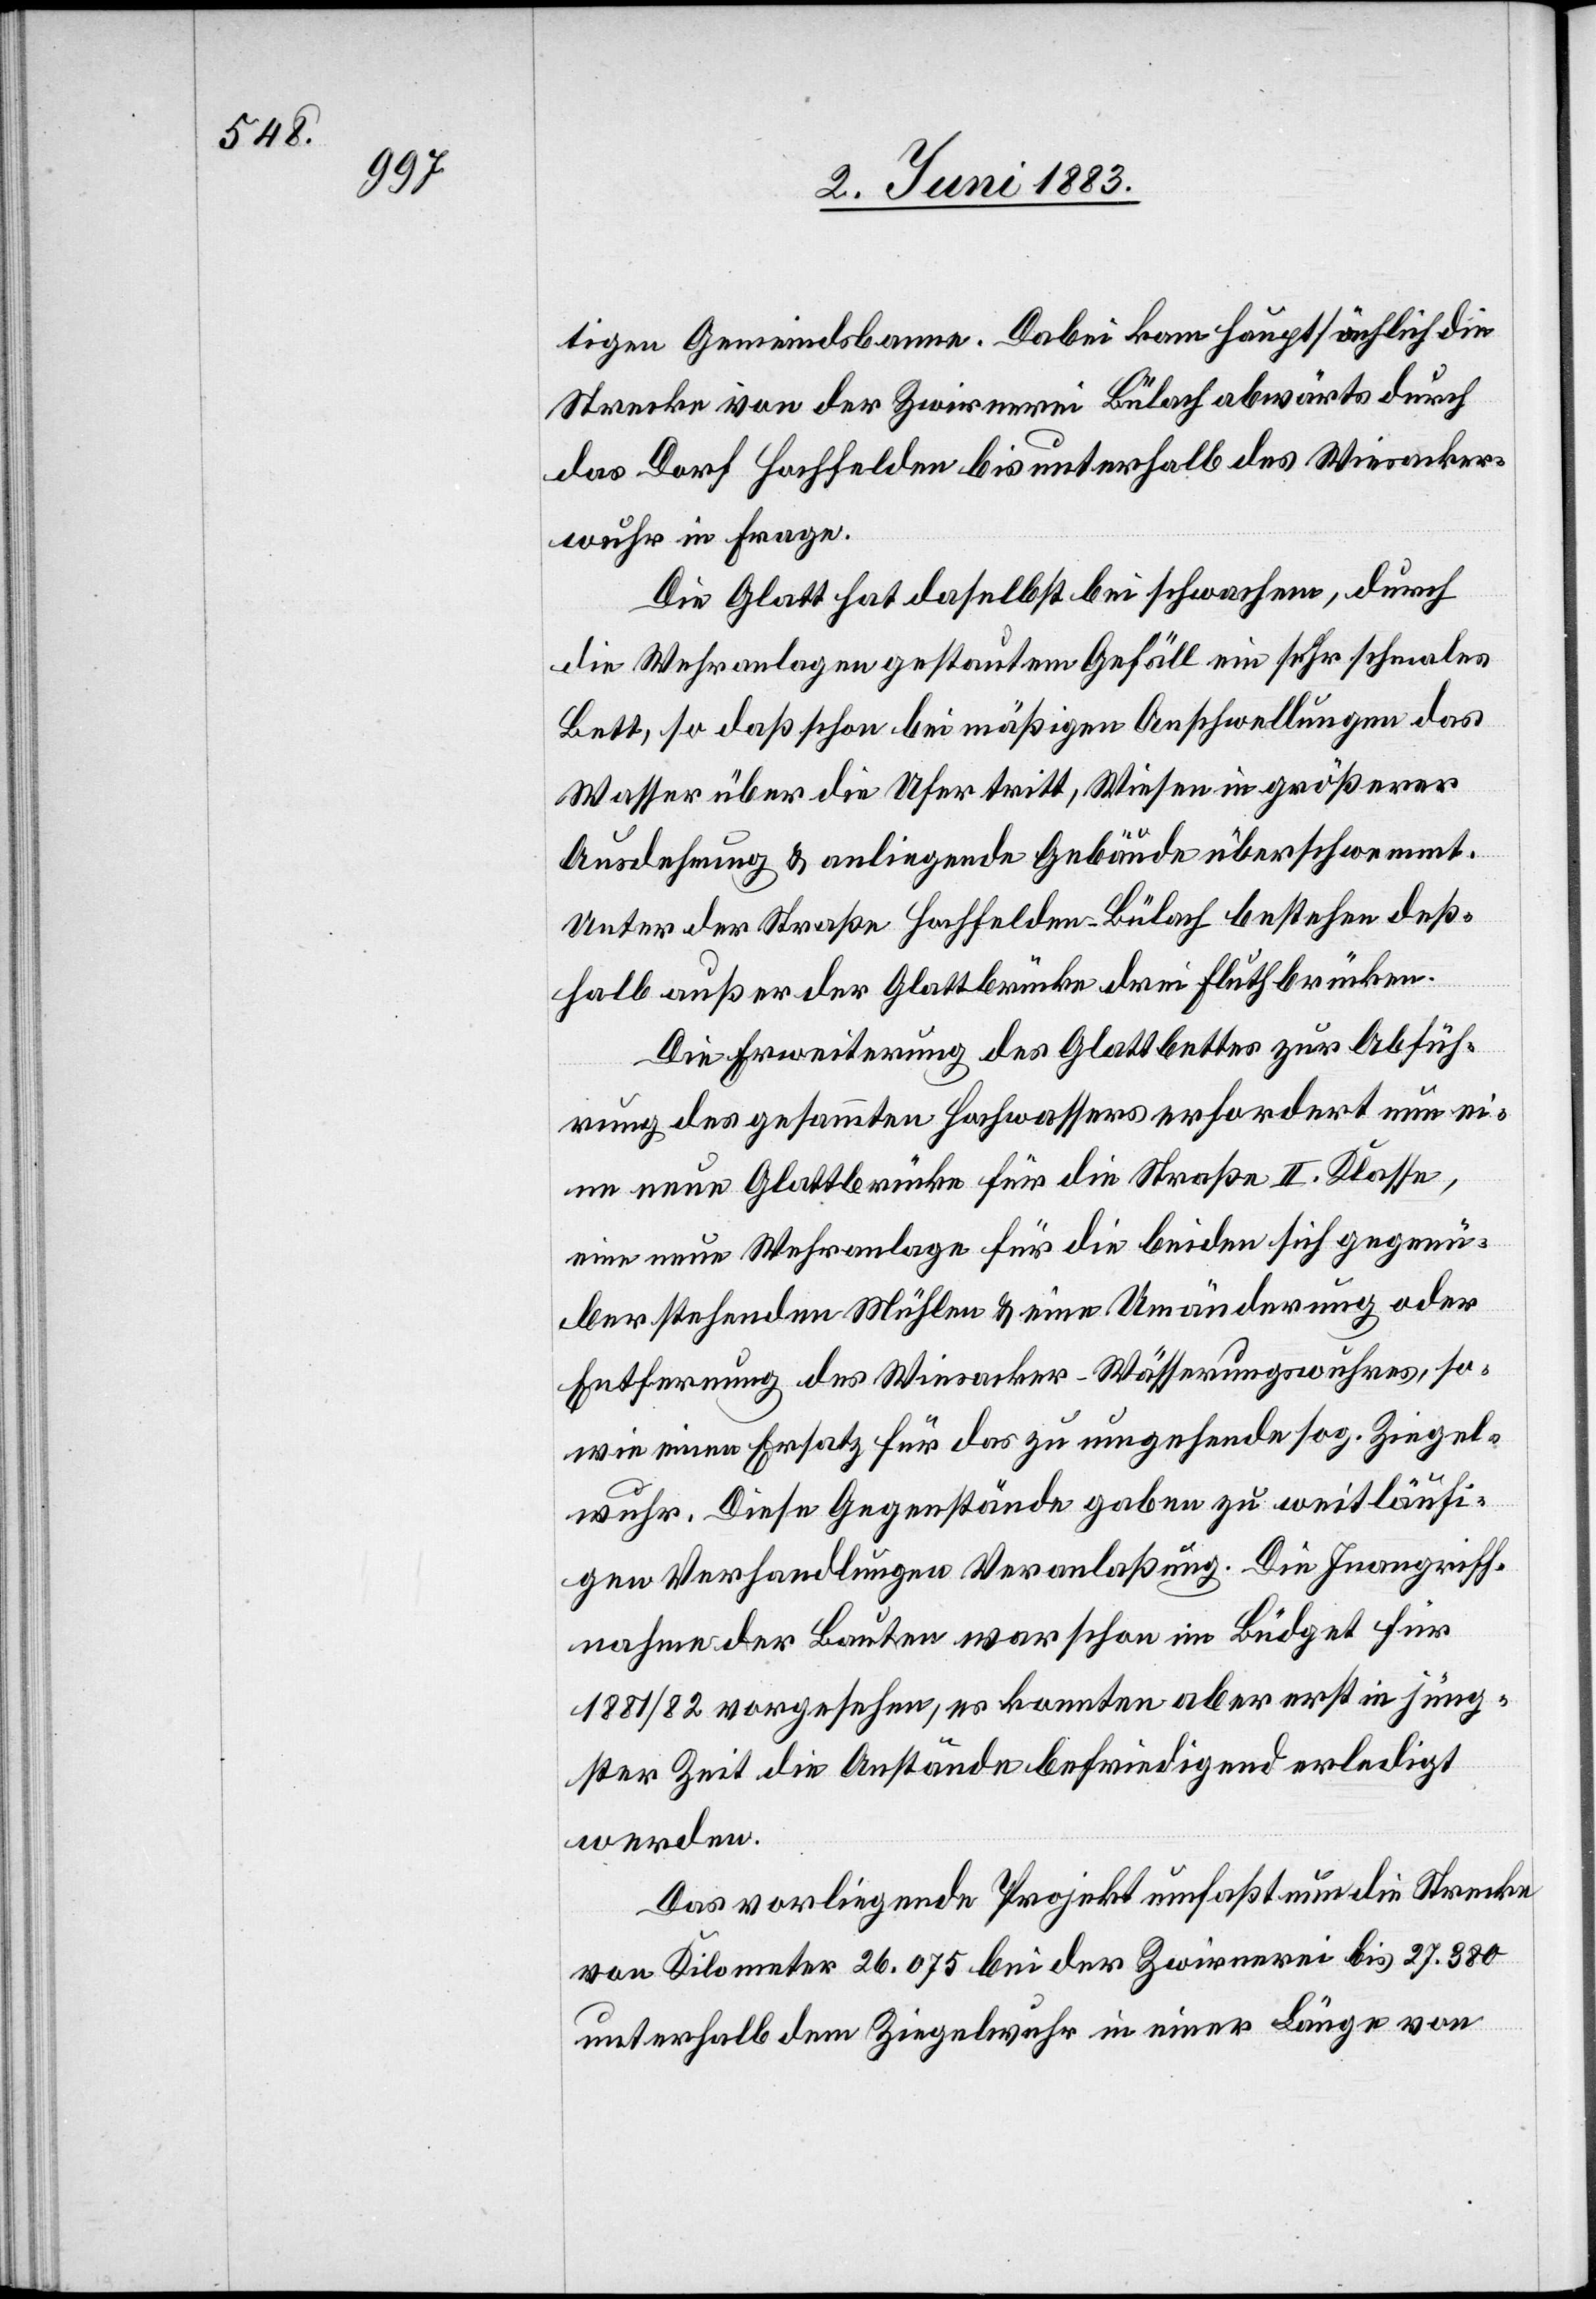
tigem Gemeindsbanne. Dabei kam hauptsächlich die
Strecke von der Zwirnerei Bülach abwärts durch
das Dorf Hochfelden bis unterhalb des Wiesacker¬
wuhr in Frage.
Die Glatt hat daselbst bei schwachem, durch
die Wehranlagen gestauten Gefäll ein sehr schmales
Bett, so daß schon bei mäßigen Anschwellungen das
Wasser über die Ufer tritt, Wiesen in größerer
Ausdehnung & anliegende Gebäude überschwemmt.
Unter der Straße Hochfelden–Bülach bestehen deß¬
halb außer der Glattbrücke drei Fluthbrücken.
Die Erweiterung des Glattbettes zur Abfüh¬
rung des gesammten Hochwassers erfordert nun ei¬
ne neue Glattbrücke für die Straße II. Klasse,
eine neue Wehranlage für die beiden sich gegen¬
über stehenden Mühlen & eine Umänderung oder
Entfernung des Wiesacker-Wäßerungswuhres, so¬
wie einen Ersatz für das zu umgehende sog. Ziegel¬
wuhr. Diese Gegenstände gaben zu weitläufi¬
gen Verhandlungen Veranlaßung. Die Inangriff¬
nahme der Bauten war schon im Büdget für
1881/82 vorgesehen, es konnten aber erst in jüng¬
ster Zeit die Anstände befriedigend erledigt
werden.
Das vorliegende Projekt umfaßt nun die Strecke
von Kilometer 26.075 bei der Zwirnerei bis 27.380
unterhalb dem Ziegelwuhr in einer Länge von